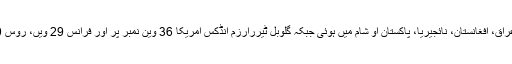
دہشت گردی میں سب سے زیادہ ہلاکتیں عراق، افغانستان، نائجیریا، پاکستان او شام میں ہوئی جبکہ گلوبل ٹیررارزم انڈکس امریکا 36 وین نمبر پر اور فرانس 29 ویں، روس 30 ویں اور برطانیہ 34 ویں نمبر پر ہے۔